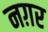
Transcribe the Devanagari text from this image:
नग़र